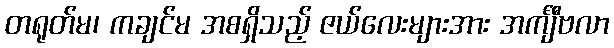
တရုတ်မ၊ ကချင်မ အစရှိသည့် ဇယ်လေးများအား အင်္ကျီဗလာ